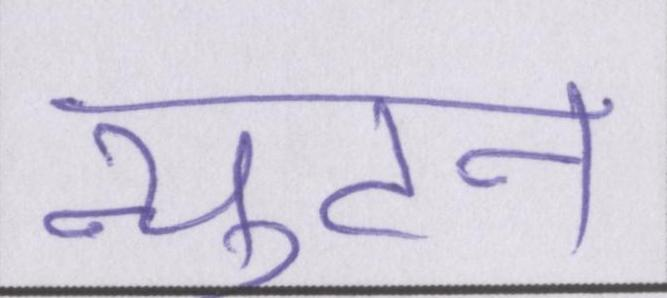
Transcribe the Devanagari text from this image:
न्युटन